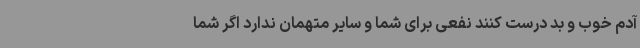
آدم خوب و بد درست کنند نفعی برای شما و سایر متهمان ندارد اگر شما